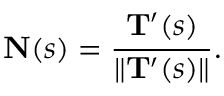
\mathbf { N } ( s ) = { \frac { \mathbf { T } ^ { \prime } ( s ) } { \| \mathbf { T } ^ { \prime } ( s ) \| } } .